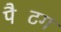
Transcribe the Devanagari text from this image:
पैटिंग